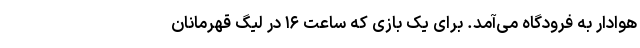
هوادار به فرودگاه می‌آمد. برای یک بازی که ساعت ۱۶ در لیگ قهرمانان